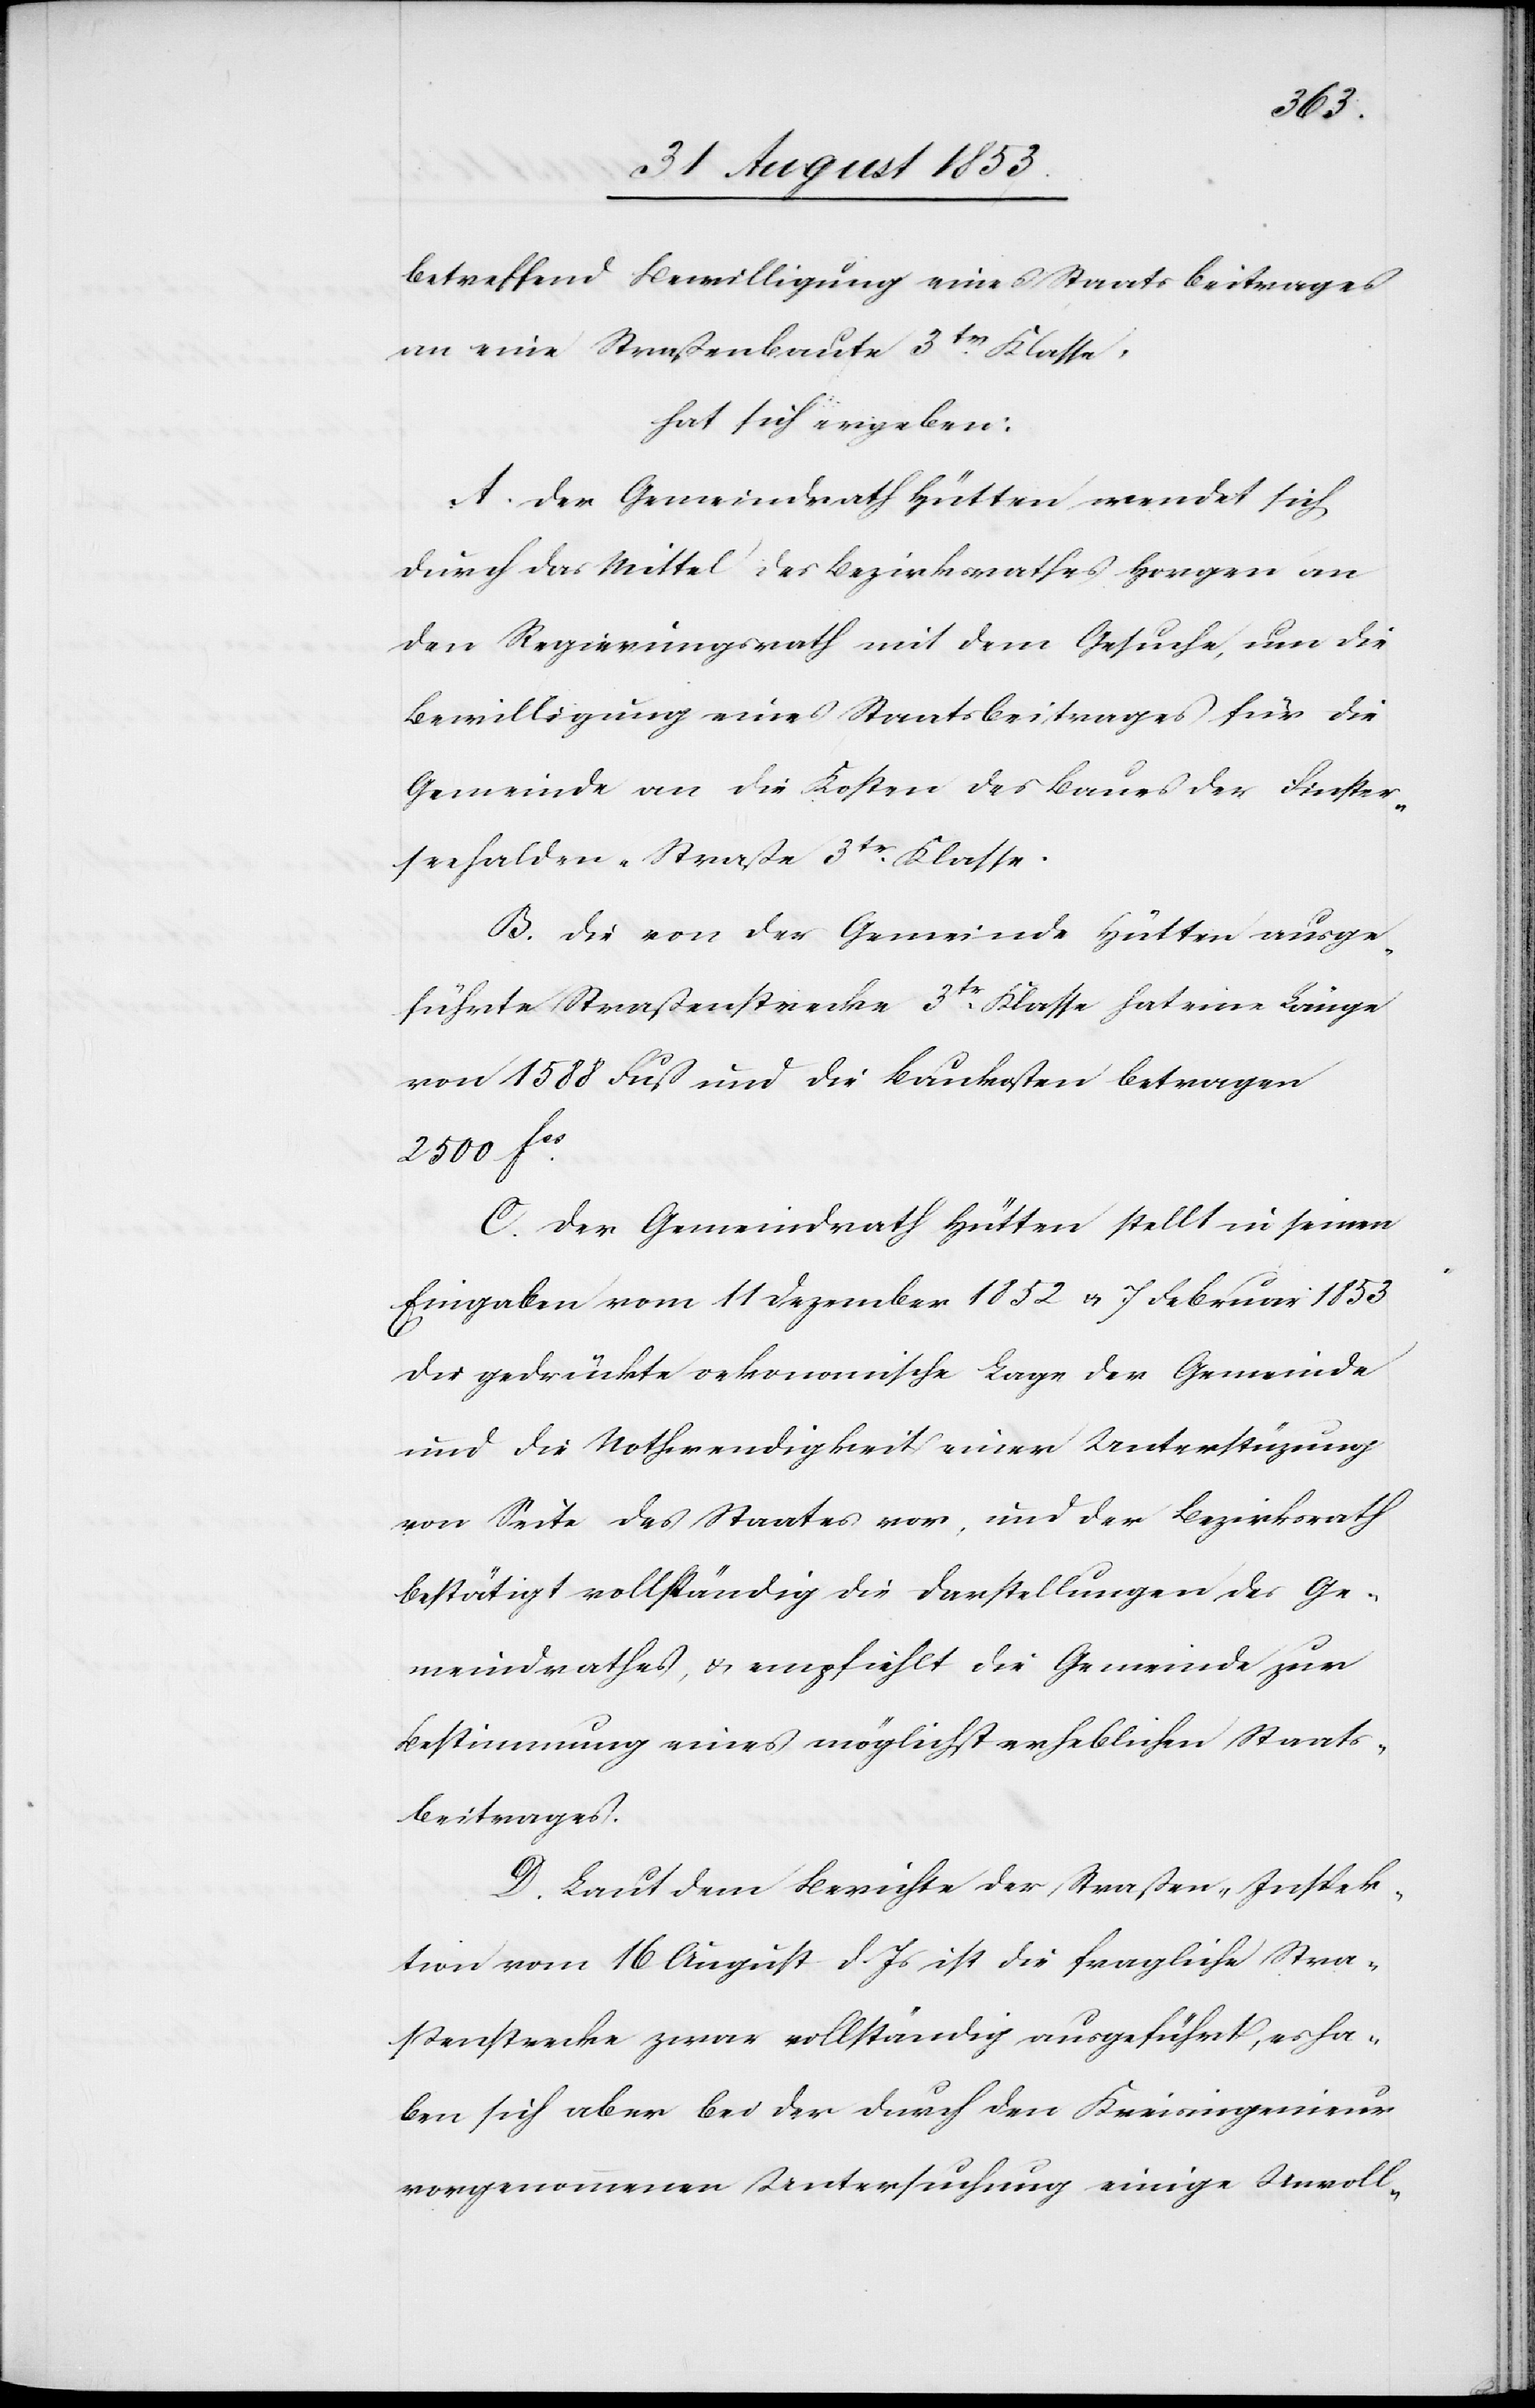
betreffend Bewilligung eines Staatsbeitrages
an eine Straßenbaute 3tr Klasse,
hat sich ergeben:
A. Der Gemeindrath Hütten wendet sich
durch das Mittel des Bezirksrathes Horgen an
den Regierungsrath mit dem Gesuche, um die
Bewilligung eines Staatsbeitrages für die
Gemeinde an die Kosten des Baues der Finster¬
halden-Straße 3tr Klasse.
B. Die von der Gemeinde Hütten ausge¬
führte Straßenstrecke 3tr Klasse hat eine Länge
von 1588 Fuß und die Baukosten betragen
2500 fcs.
C. Der Gemeindrath Hütten stellt in seinen
Eingaben vom 11 Dezember 1852 u. 7 Februar 1853
die gedrückte oekonomische Lage der Gemeinde
und die Nothwendigkeit einer Unterstützung
von Seite des Staates vor, und der Bezirksrath
bestätigt vollständig die Darstellungen des Ge¬
meindrathes, u. empfiehlt die Gemeinde zur
Bestimmung eines möglichst erheblichen Staats¬
beitrages.
D. Laut dem Berichte der Straßen-Inspek¬
tion vom 16 August d. Js. ist die fragliche Stra¬
ßenstrecke zwar vollständig ausgeführt, es ha¬
ben sich aber bei der durch den Kreisingenieur
vorgenommenen Untersuchung einige Unvoll-